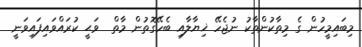
މިބައިމީހުން ގެ މިތާކުންތާކު ނުޖެހޭ ޚިޔާލާއި ބެހޭގޮތުން މާތް  ވަޙީ ކުރައްވައިފައިވަނީ